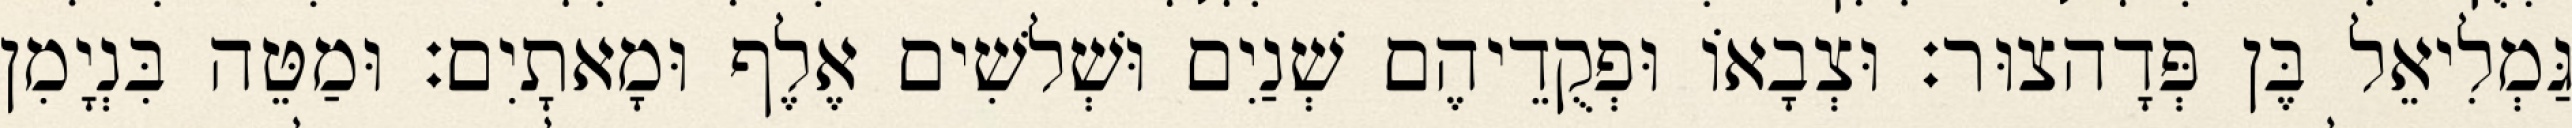
גַּמְלִיאֵל בֶּן פְּדָהצוּר׃ וּצְבָאוֹ וּפְקֻדֵיהֶם שְׁנַיִם וּשְׁלשִׁים אֶלֶף וּמָאתָיִם׃ וּמַטֵּה בִּנְיָמִן